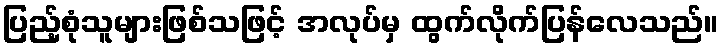
ပြည့်စုံသူများဖြစ်သဖြင့် အလုပ်မှ ထွက်လိုက်ပြန်လေသည်။